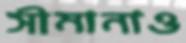
সীমানাও